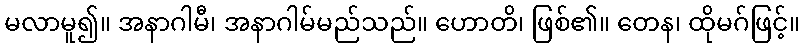
မလာမူ၍။ အနာဂါမီ၊ အနာဂါမ်မည်သည်။ ဟောတိ၊ ဖြစ်၏။ တေန၊ ထိုမဂ်ဖြင့်။